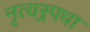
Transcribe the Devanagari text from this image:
नृत्यस्र्पधा